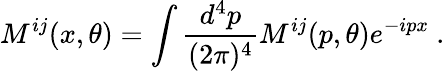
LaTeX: M^{ij}(x,\theta)=\int{\frac{d^{4}p}{(2\pi)^{4}}}M^{ij}(p,\theta)e^{-ipx}\ .